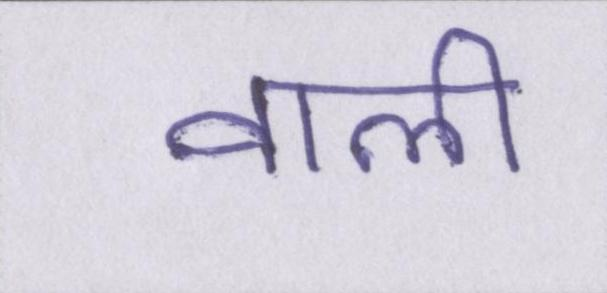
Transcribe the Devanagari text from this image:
वाली